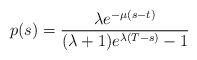
LaTeX: \begin{align*}p(s) = \frac{\lambda e^{-\mu (s-t)}}{(\lambda+1)e^{\lambda(T-s)}-1}\end{align*}